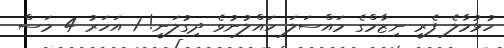
ހުޅުމާލެ ފެރީ ނިޒާމްގެ މައްސަލަ ހައްލުނުވެ ދިގުލަނީ! 1 އަހަރު 4 މަސް